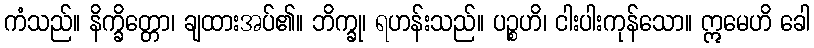
ကံသည်။ နိက္ခိတ္တော၊ ချထားအပ်၏။ ဘိက္ခု၊ ရဟန်းသည်။ ပဉ္စဟိ၊ ငါးပါးကုန်သော။ ဣမေဟိ ခေါ